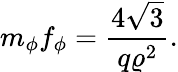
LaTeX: m_{\phi}f_{\phi}=\frac{4\sqrt{3}}{q\varrho^{2}}.